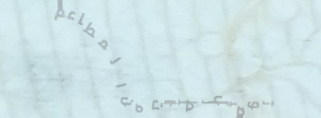
توصيل الطلبات من المطاعم